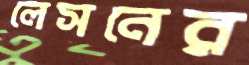
লেসনের